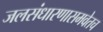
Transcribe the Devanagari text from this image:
जलसंधारणासमवेतच